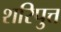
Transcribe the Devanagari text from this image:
शरिपुत्त